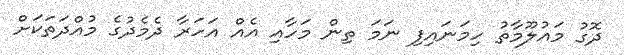
ދޮގު މައުލޫމާތު ހިމަނައިފި ނަމަ ތިން މަހާއި އެއް އަހަރާ ދެމެދުގެ މުއްދަތަކަށް